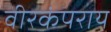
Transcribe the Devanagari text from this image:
वीरकंपराय